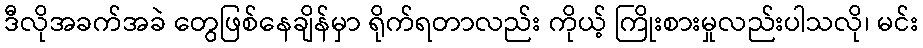
ဒီလိုအခက်အခဲ တွေဖြစ်နေချိန်မှာ ရိုက်ရတာလည်း ကိုယ့် ကြိုးစားမှုလည်းပါသလို၊ မင်း